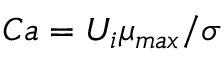
C a = { U _ { i } \mu _ { m a x } } / { \sigma }